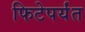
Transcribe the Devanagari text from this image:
फिटेपर्यंत